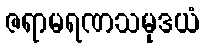
ဇရာမရဏသမုဒယံ